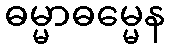
ဓမ္မာဓမ္မေန